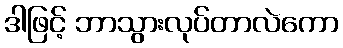
ဒါဖြင့် ဘာသွားလုပ်တာလဲကော